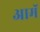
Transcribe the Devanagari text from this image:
आमॅ